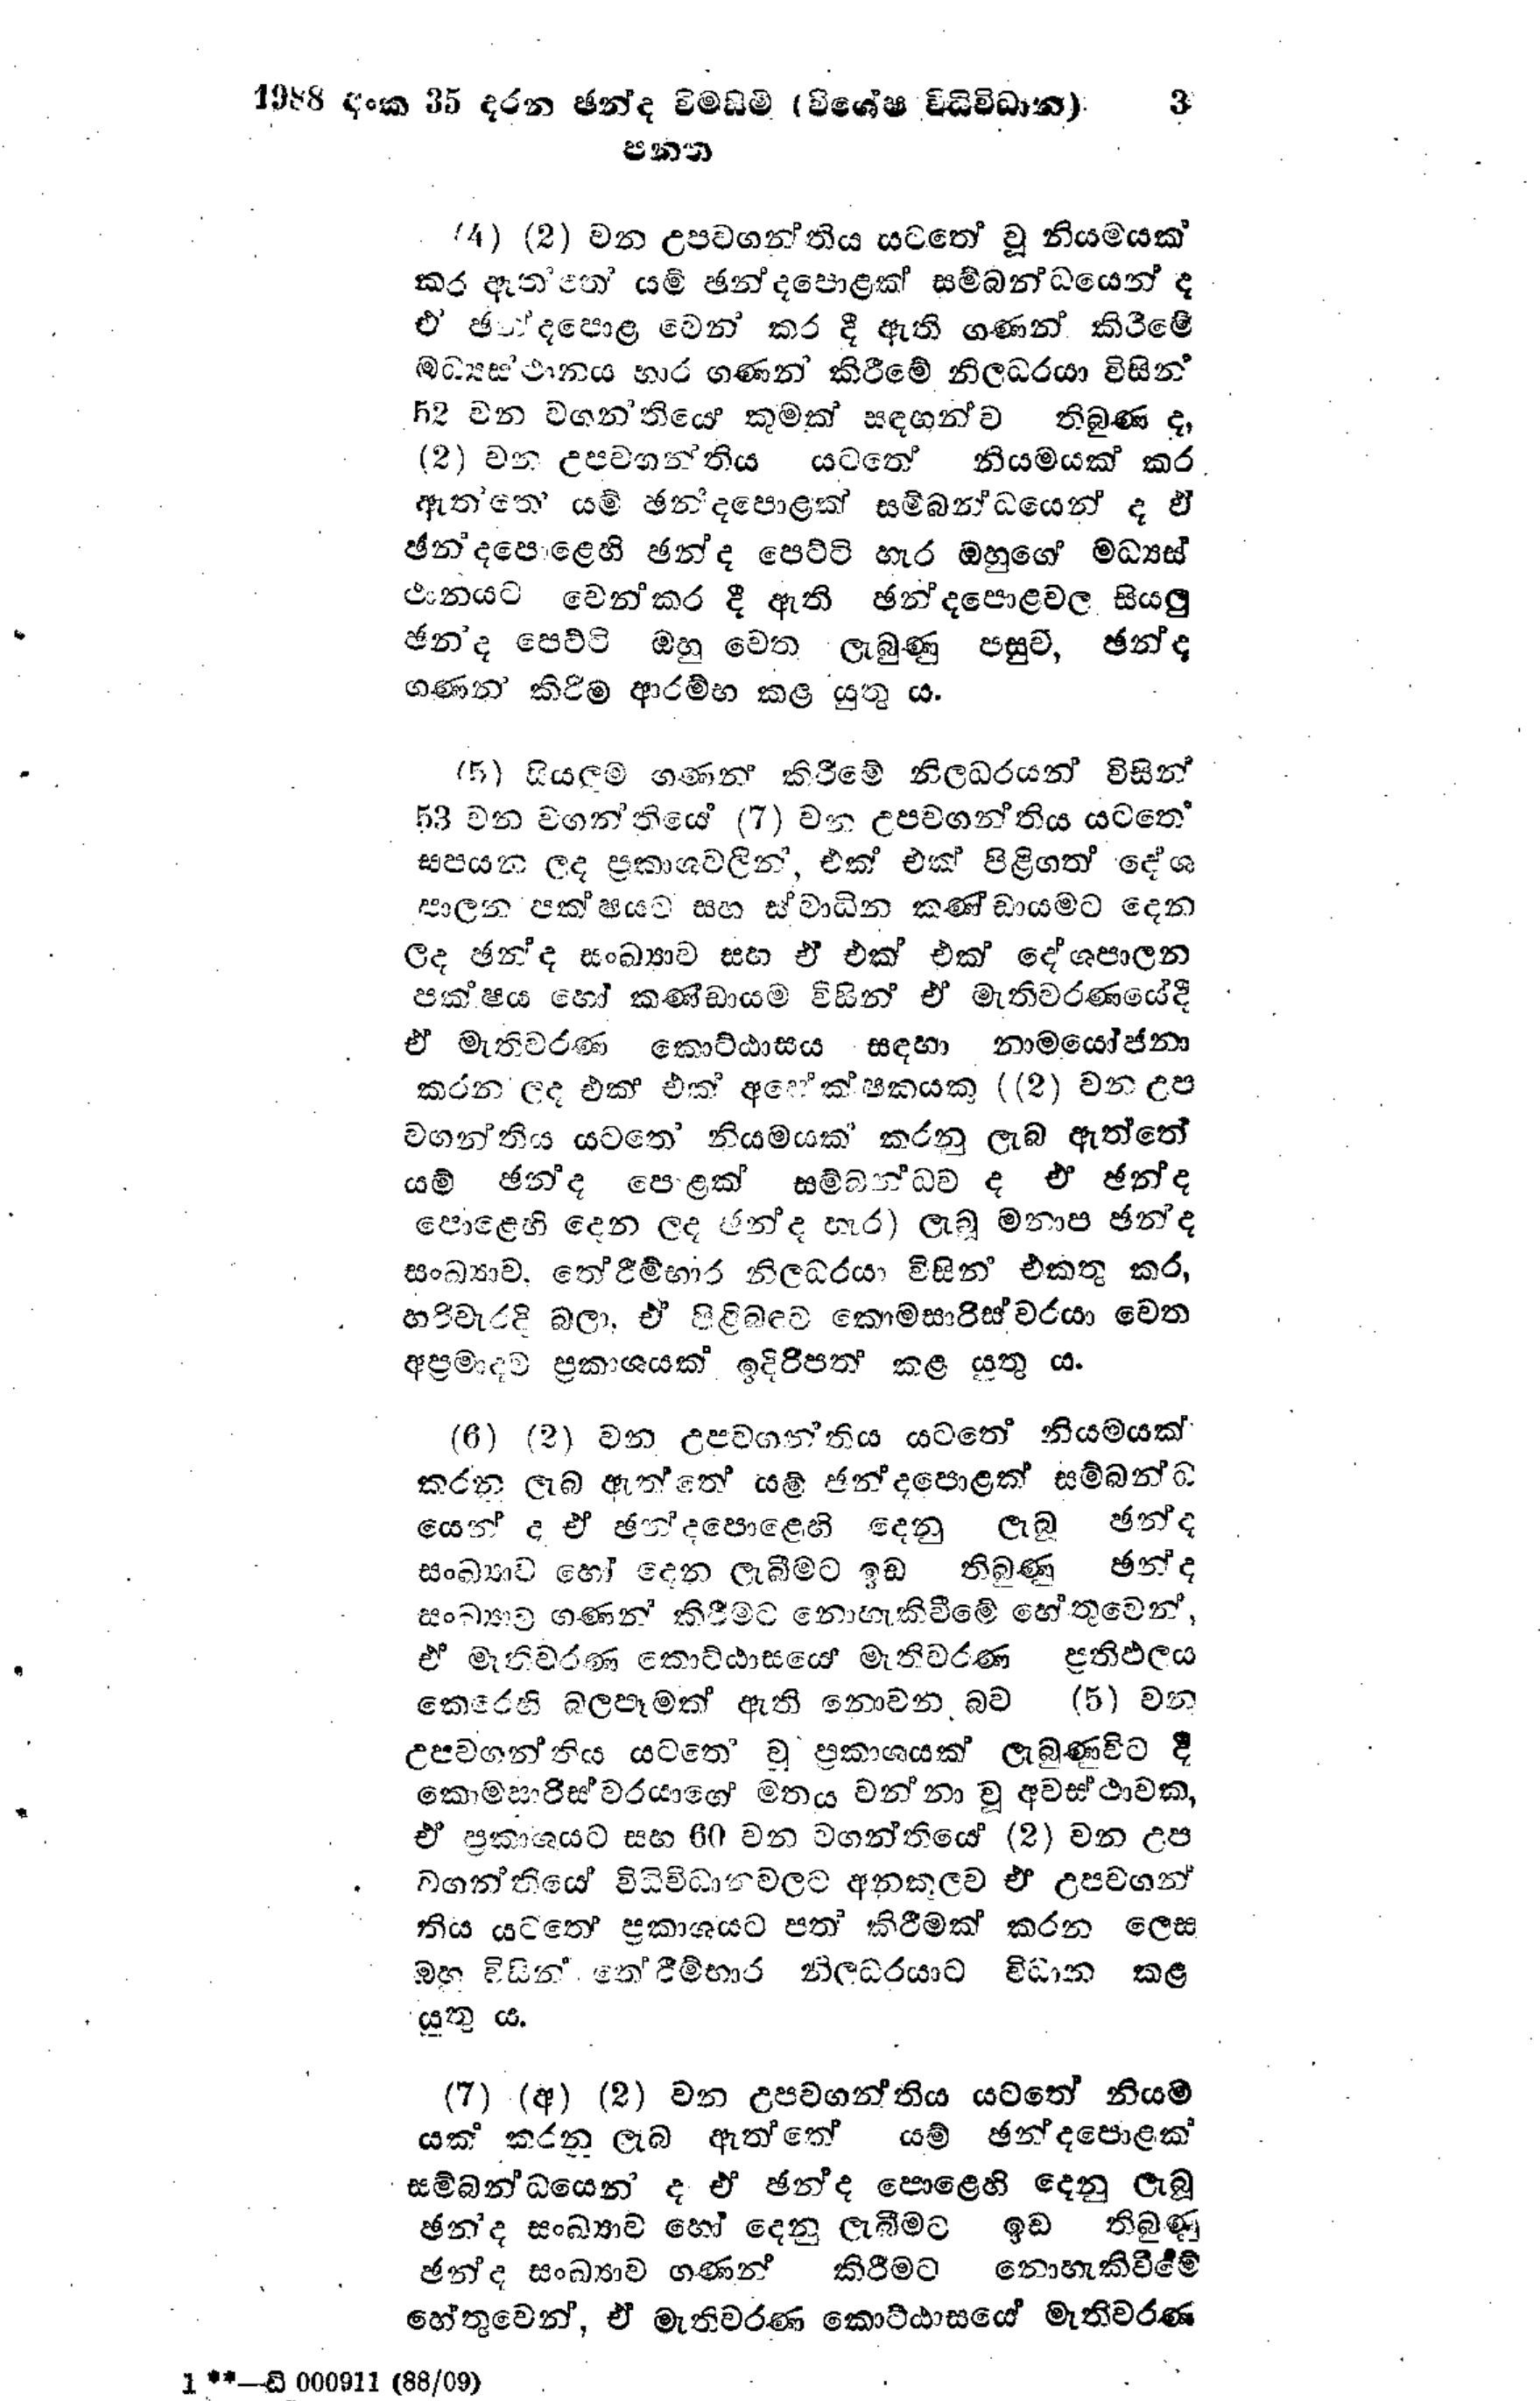
1988 අංක 35 දරන ඡන්ද විමසීම් (විශේෂ විධිවිධාන) 3
පනත

(4) (2) වන උපවගන්තිය යටතේ වු නියමයක්
කර ඇත මත යම් ඡන්දපොළක් සම්බන්ධයෙන් ද
ඒ ඡන්දපොළ වෙන් කර දී ඇති ගණන් කිරීමේ
මධ්‍යස්ථානය භාර ගණන් කිරීමේ නිලධරයා විසින්
52 වන වගන්තියේ කුමක් සඳහන්ව තිබුණ ද,
(2) වන උපවගන්තිය යටතේ නියමයක් කර
ඇත්තේ යම් ඡන්දපොළක් සම්බන්ධයෙන් ද ඒ
ඡන්දපොළෙහි ඡන්ද පෙට්ටි හැර ඔහුගේ මධ්‍යස්
ථානයට වෙන් කර දී ඇති ඡන්දපොළවල සියලු
ඡන්ද පෙට්ටි ඔහු වෙත ලැබුණු පසුව, ඡන්ද
ගණන් කිරිම ආරම්භ කළ යුතු ය.

(5) සියලුම ගණන් කිරීමේ නිලධරයන් විසින්
53 වන වගන්තියේ (7) වන උපවගන්තිය යටතේ
සපයන ලද ප්‍රකාශවලින්, එක් එක් පිළිගත් දේශ
පාලන පක්ෂයට සහ ස්වාධීන කණ්ඩායමට දෙන
ලද ඡන්ද සංඛ්‍යාව සහ ඒ එක් එක් දේශපාලන
පක්ෂය හෝ කණ්ඩායම විසින් ඒ මැතිවරණයේදී
ඒ මැතිවරණ කොට්ඨාසය සඳහා නාමයෝජනා
කරන ලද එක් එක් අක්ෂකයකු ((2) වන උප
වගන්තිය යටතේ නියමයක් කරනු ලැබ ඇත්තේ
යම් ඡන්ද පොළක් සම්බන්ධව ද එ ඡන්ද
පොළෙහි දෙන ලද ඡන්ද හැර) ලැබූ මනාප ඡන්ද
සංඛ්‍යාව, තේරීම්භාර නිලධරයා විසින් එකතු කර,
හරි වැරදි බලා, ඒ පිළිබඳව කොමසාරිස්වරයා වෙත
අප්‍රමාදව ප්‍රකාශයක් ඉදිරිපත් කළ යුතු ය.

(6) (2) වන උපවගන්තිය යටතේ නියමයක්
කරනු ලැබ ඇත්තේ යම් ඡන්දපොළක් සම්බන්ධ
යෙන් ද ඒ ඡන්දපොළෙහි දෙනු ලැබූ ඡන්ද
සංඛ්‍යාව හෝ දෙන ලැබීමට ඉඩ තිබුණු ඡන්ද
සංඛ්‍යාව ගණන් කිරීමට නොහැකිවීමේ හේතුවෙන්,
ඒ මැතිවරණ කොට්ඨාසයේ මැතිවරණ ප්‍රතිඵලය
කෙරෙහි බලපෑමක් ඇති නොවන බව (5) වන
උපවගන්තිය යටතේ වූ ප්‍රකාශයක් ලැබුණවිට දී
කොමසාරිස්වරයාගේ මතය වන්නා වූ අවස්ථාවක,
ඒ ප්‍රකාශයට සහ 60 වන වගන්තියෙ (2) වන උප
වගන්තියේ විධිවිධාන වලට අනකූලව ඒ උපවගන්
තිය යටතේ ප්‍රකාශයට පත් කිරීමක් කරන ලෙස
ඔහු විසින් තේරිම්භාර නිලධරයාට විධාන කළ
යුතු ය.

(7) (අ) (2) වන උපවගන්තිය යටතේ නියම
යක් කරනු ලැබ ඇත්තේ යම් ඡන්ද පොළක්
සම්බන්ධයෙන් ද ඒ ඡන්ද පොළෙහි දෙනු ලැබූ
ඡන්ද සංඛ්‍යාව හෝ දෙනු ලැබීමට ඉඩ තිබුණු
ඡන්ද සංඛ්‍යාව ගණන් කිරීමට නොහැකි වීමේ
හේතුවෙන්, ඒ මැතිවරණ කොට්ඨාසයේ මැතිවරණ

1 **-ඩි 000911 (88/09)